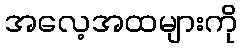
အလေ့အထများကို